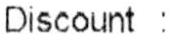
DISCOUNT :